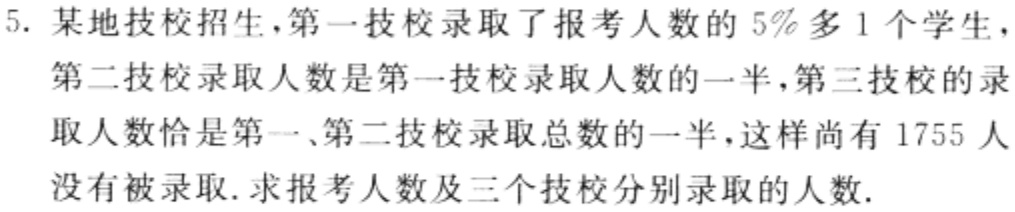
5. 某地技校招生，第一技校录取了报考人数的 \(5\%\) 多 1 个学生，第二技校录取人数是第一技校录取人数的一半，第三技校的录取人数恰是第一、第二技校录取总数的一半，这样尚有 1755 人没有被录取. 求报考人数及三个技校分别录取的人数.